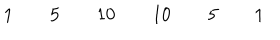
\begin{array} { c c c c c c c c c c c c c c c c c } { { } } & { { } } & { { } } & { { 1 } } & { { } } & { { 5 } } & { { } } & { { 1 0 } } & { { } } & { { 1 0 } } & { { } } & { { 5 } } & { { } } & { { 1 } } & { { } } & { { } } & { { } } \\ \end{array}